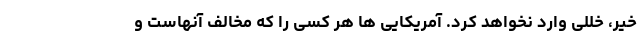
خیر، خللی وارد نخواهد کرد. آمریکایی ها هر کسی را که مخالف آنهاست و